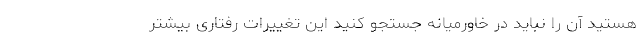
هستید آن را نباید در خاورمیانه جستجو کنید این تغییرات رفتاری بیشتر